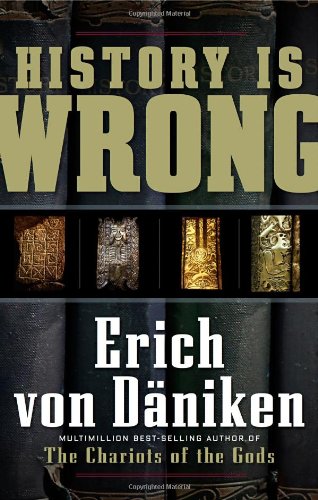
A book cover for History Is Wrong; Erich Von Daniken; Science & Math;